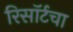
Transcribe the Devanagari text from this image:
रिसॉर्टचा